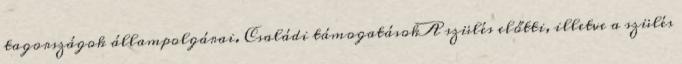
tagországok állampolgárai. Családi támogatásokA szülés előtti, illetve a szülés